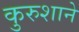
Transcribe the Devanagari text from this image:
कुरुशाने